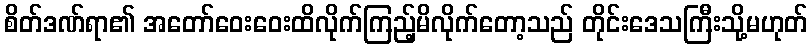
စိတ်ဒဏ်ရာ၏ အတော်ဝေးဝေးထိလိုက်ကြည့်မိလိုက်တော့သည် တိုင်းဒေသကြီးသို့မဟုတ်